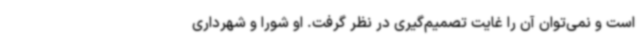
است و نمی‌توان آن را غایت تصمیم‌گیری در نظر گرفت. او شورا و شهرداری